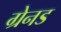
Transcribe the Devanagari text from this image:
ग्रेनड